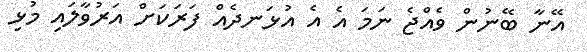
އޭނާ ބޭނުން ވެއްޖެ ނަމަ އެ އެ އުޅަނދެއް ފަރަކަށް އަރުވާލައި މުޅި